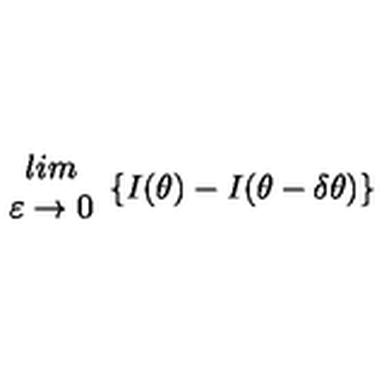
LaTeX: \begin{array} { c } { l i m } \\ { \varepsilon \rightarrow 0 } \\ \end{array} \{ I ( \theta ) - I ( \theta - \delta \theta ) \}